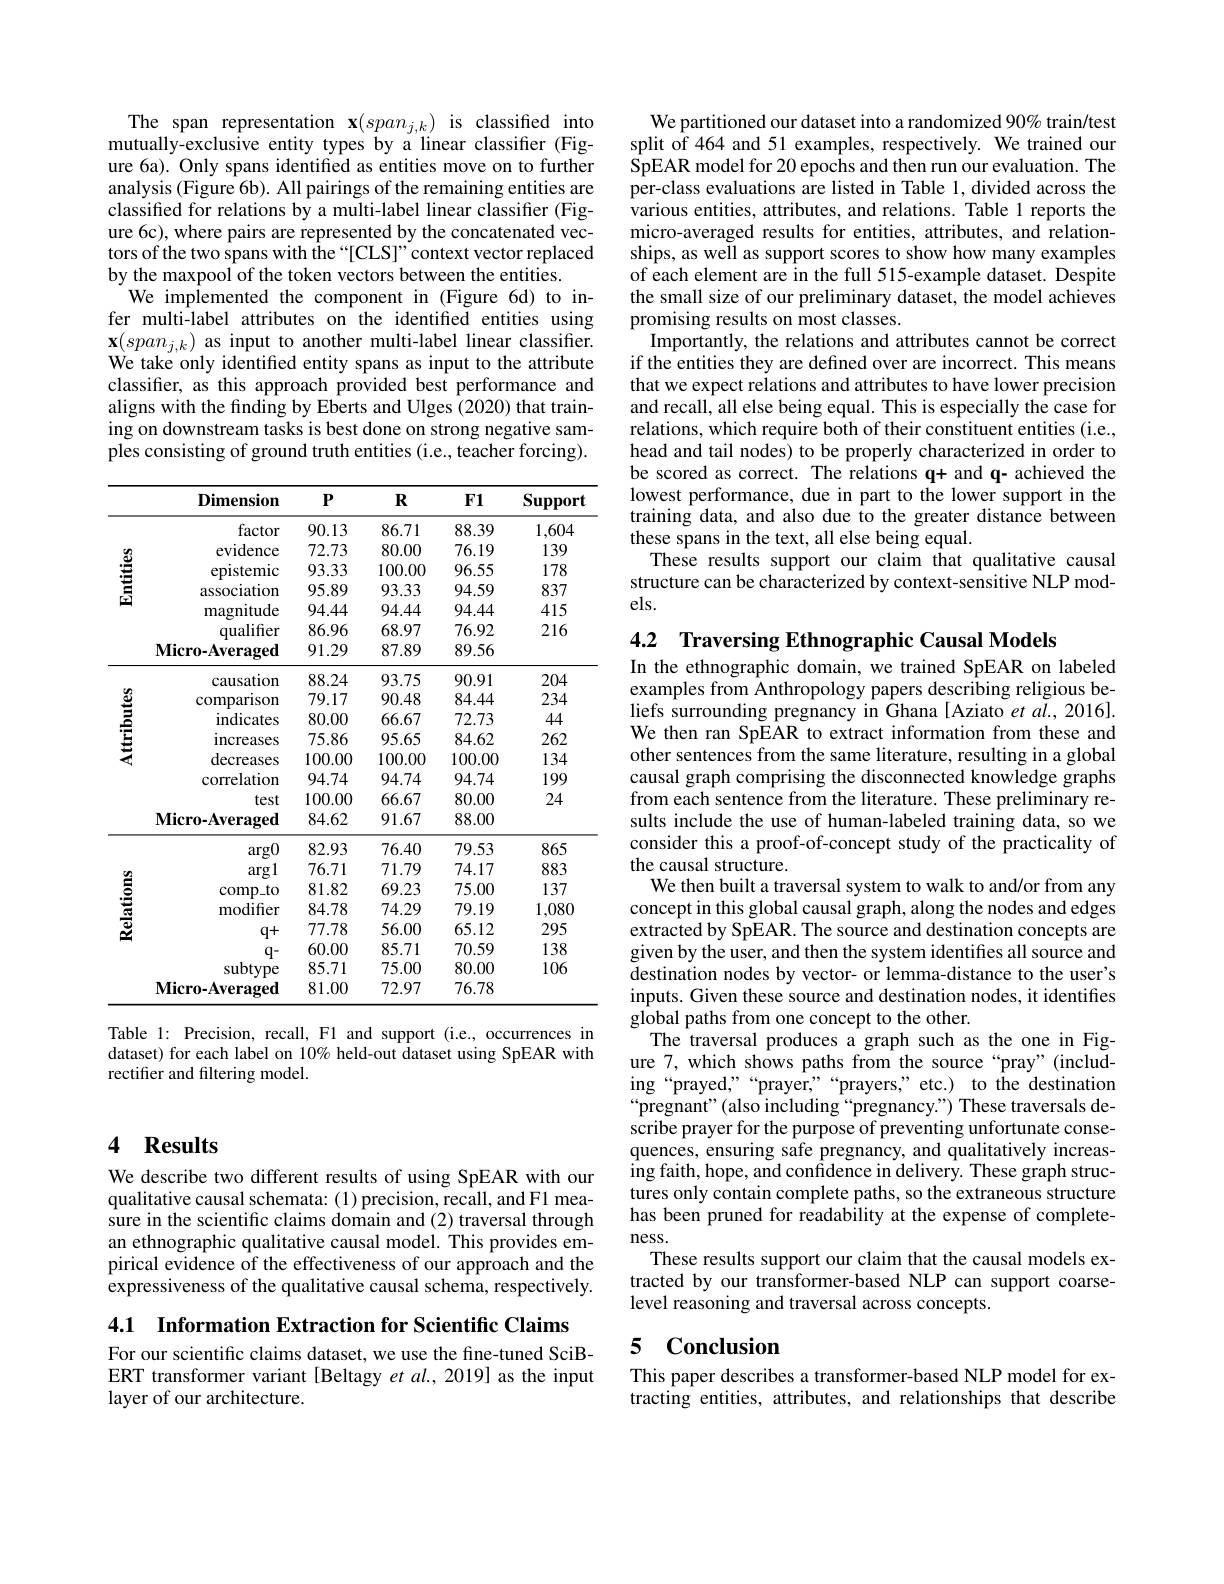
### 4 $\mathbf{Results}$

We describe two different results of using SpEAR with our qualitative causal schemata: (1) precision, recall, and F1 measure in the scientific claims domain and (2) traversal through an ethnographic qualitative causal model. This provides empirical evidence of the effectiveness of our approach and the expressiveness of the qualitative causal schema, respectively.

4.1 $\textbf{Information Extraction for Scientific Claims}$

For our scientific claims dataset, we use the fine-tuned SciBERT transformer variant [Beltagy et al., 2019] as the input layer of our architecture.

The span representation $\mathbf{x}(span_{j,k})$ is classified into mutually-exclusive entity types by a linear classifier (Figure 6a). Only spans identified as entities move on to further analysis (Figure 6b). All pairings of the remaining entities are classified for relations by a multi-label linear classifier (Figure 6c), where pairs are represented by the concatenated vectors of the two spans with the“[CLS]”context vector replaced by the maxpool of the token vectors between the entities.
We implemented the component in (Figure 6d) to infer multi-label attributes on the identified entities using $\mathbf{x}(span_{j,k})$ as input to another multi-label linear classifier. We take only identified entity spans as input to the attribute classifier, as this approach provided best performance and aligns with the finding by Eberts and Ulges (2020) that training on downstream tasks is best done on strong negative samples consisting of ground truth entities (i.e., teacher forcing).

<table>
	<tbody>
		<tr>
			<th> </th>
			<th>Dimension</th>
			<th>$P$</th>
			<th>$R$</th>
			<th>$F1$</th>
			<th>Support</th>
		</tr>
		<tr>
			<td rowspan="7">嘗</td>
			<td>factor</td>
			<td>90.13</td>
			<td>86.71</td>
			<td>88.39</td>
			<td>1,604</td>
		</tr>
		<tr>
			<td>evidence</td>
			<td>72.73</td>
			<td>80.00</td>
			<td>76.19</td>
			<td>139</td>
		</tr>
		<tr>
			<td>epistemic</td>
			<td>93.33</td>
			<td>100.00</td>
			<td>96.55</td>
			<td>178</td>
		</tr>
		<tr>
			<td>association</td>
			<td>95.89</td>
			<td>93.33</td>
			<td>94.59</td>
			<td>837</td>
		</tr>
		<tr>
			<td>magnitude</td>
			<td>94.44</td>
			<td>94.44</td>
			<td>94.44</td>
			<td>415</td>
		</tr>
		<tr>
			<td>qualifer</td>
			<td>86.96</td>
			<td>68.97</td>
			<td>76.92</td>
			<td>216</td>
		</tr>
		<tr>
			<td>$\mathbf{Micro-Averaged}$</td>
			<td>91.29</td>
			<td>87.89</td>
			<td>89.56</td>
			<td> </td>
		</tr>
		<tr>
			<td rowspan="7">Attributes</td>
			<td>causation</td>
			<td>88.24</td>
			<td>93.75</td>
			<td>90.91</td>
			<td>204</td>
		</tr>
		<tr>
			<td>comparison</td>
			<td>79.17</td>
			<td>90.48</td>
			<td>84.44</td>
			<td>234</td>
		</tr>
		<tr>
			<td>indicates</td>
			<td>80.00</td>
			<td>66.67</td>
			<td>72.73</td>
			<td>44</td>
		</tr>
		<tr>
			<td>increases</td>
			<td>75.86</td>
			<td>95.65</td>
			<td>84.62</td>
			<td>262</td>
		</tr>
		<tr>
			<td>decreases</td>
			<td>100.00</td>
			<td>100.00</td>
			<td>100.00</td>
			<td>134</td>
		</tr>
		<tr>
			<td>correlation</td>
			<td>94.74</td>
			<td>94.74</td>
			<td>94.74</td>
			<td>199</td>
		</tr>
		<tr>
			<td>test</td>
			<td>100.00</td>
			<td>66.67</td>
			<td>80.00</td>
			<td>24</td>
		</tr>
		<tr>
			<td> </td>
			<td>$\mathbf{Micro-Averaged}$</td>
			<td>84.62</td>
			<td>91.67</td>
			<td>88.00</td>
			<td> </td>
		</tr>
		<tr>
			<td rowspan="8">$\mathbf{Relations}$</td>
			<td>$\arg0$</td>
			<td>82.93</td>
			<td>76.40</td>
			<td>79.53</td>
			<td>865</td>
		</tr>
		<tr>
			<td>argl</td>
			<td>76.71</td>
			<td>71.79</td>
			<td>74.17</td>
			<td>883</td>
		</tr>
		<tr>
			<td>comp$\_$to</td>
			<td>81.82</td>
			<td>69.23</td>
			<td>75.00</td>
			<td>137</td>
		</tr>
		<tr>
			<td>${\mathrm{modifier}}$</td>
			<td>84.78</td>
			<td>74.29</td>
			<td>79.19</td>
			<td>1,080</td>
		</tr>
		<tr>
			<td>$q+$</td>
			<td>77.78</td>
			<td>56.00</td>
			<td>65.12</td>
			<td>295</td>
		</tr>
		<tr>
			<td>0 1</td>
			<td>60.00</td>
			<td>85.71</td>
			<td>70.59</td>
			<td>138</td>
		</tr>
		<tr>
			<td>$\operatorname{subtypes}$</td>
			<td>85.71</td>
			<td>75.00</td>
			<td>80.00</td>
			<td>106</td>
		</tr>
		<tr>
			<td>$\mathbf{Micro-Averaged}$</td>
			<td>81.00</td>
			<td>72.97</td>
			<td>76.78</td>
			<td> </td>
		</tr>
	</tbody>
</table>

Table 1: Precision, recall, F1 and support (i.e., occurrences in dataset) for each label on 10% held-out dataset using SpEAR with rectifier and filtering model.

We partitioned our dataset into a randomized 90% train/test split of 464 and 51 examples, respectively. We trained our SpEAR model for 20 epochs and then run our evaluation. The per-class evaluations are listed in Table 1, divided across the various entities, attributes, and relations. Table 1 reports the micro-averaged results for entities, attributes, and relationships, as well as support scores to show how many examples of each element are in the full 515-example dataset. Despite the small size of our preliminary dataset, the model achieves promising results on most classes.
Importantly, the relations and attributes cannot be correct if the entities they are defined over are incorrect. This means that we expect relations and attributes to have lower precision and recall, all else being equal. This is especially the case for relations, which require both of their constituent entities (i.e., head and tail nodes) to be properly characterized in order to be scored as correct. The relations q+ and q- achieved the lowest performance, due in part to the lower support in the training data, and also due to the greater distance between these spans in the text, all else being equal.
These results support our claim that qualitative causal structure can be characterized by context-sensitive NLP models.

4.2 Traversing Ethnographic Causal Models
In the ethnographic domain, we trained SpEAR on labeled examples from Anthropology papers describing religious beliefs surrounding pregnancy in Ghana [Aziato et al., 2016]. We then ran SpEAR to extract information from these and other sentences from the same literature, resulting in a global causal graph comprising the disconnected knowledge graphs from each sentence from the literature. These preliminary results include the use of human-labeled training data, so we consider this a proof-of-concept study of the practicality of the causal structure.
We then built a traversal system to walk to and/or from any concept in this global causal graph, along the nodes and edges extracted by SpEAR. The source and destination concepts are given by the user, and then the system identifies all source and destination nodes by vector- or lemma-distance to the user's inputs. Given these source and destination nodes, it identifies global paths from one concept to the other.
The traversal produces a graph such as the one in Figure 7, which shows paths from the source“pray”(including“prayed””“prayer,”“prayer,””etc.) to the destination $“$pregnant"(also including“pregnancy.”) These traversals describe prayer for the purpose of preventing unfortunate consequences, ensuring safe pregnancy, and qualitatively increasing faith, hope, and confidence in delivery. These graph structures only contain complete paths, so the extraneous structure has been pruned for readability at the expense of completeness.
These results support our claim that the causal models extracted by our transformer-based NLP can support coarselevel reasoning and traversal across concepts.

### 5 $\mathbf{Conclusion}$

This paper describes a transformer-based NLP model for extracting entities, attributes, and relationships that describe